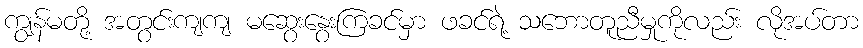
ကျွန်မတို့ အတွင်းကျကျ မဆွေးနွေးကြခင်မှာ ဖခင်ရဲ့ သဘောတူညီမှုကိုလည်း လိုအပ်တာ